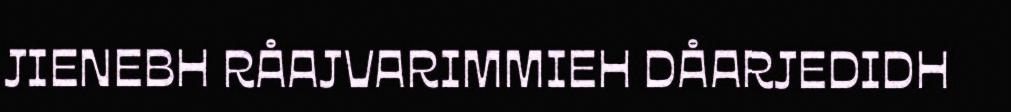
JIENEBH RÅAJVARIMMIEH DÅARJEDIDH